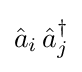
{\hat {a}}_{i}\,{\hat {a}}_{j}^{\dagger }